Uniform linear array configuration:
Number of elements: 8
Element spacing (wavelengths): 0.75
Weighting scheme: exponential
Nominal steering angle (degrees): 60
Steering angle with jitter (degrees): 61.686
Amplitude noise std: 0.05
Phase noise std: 0.05

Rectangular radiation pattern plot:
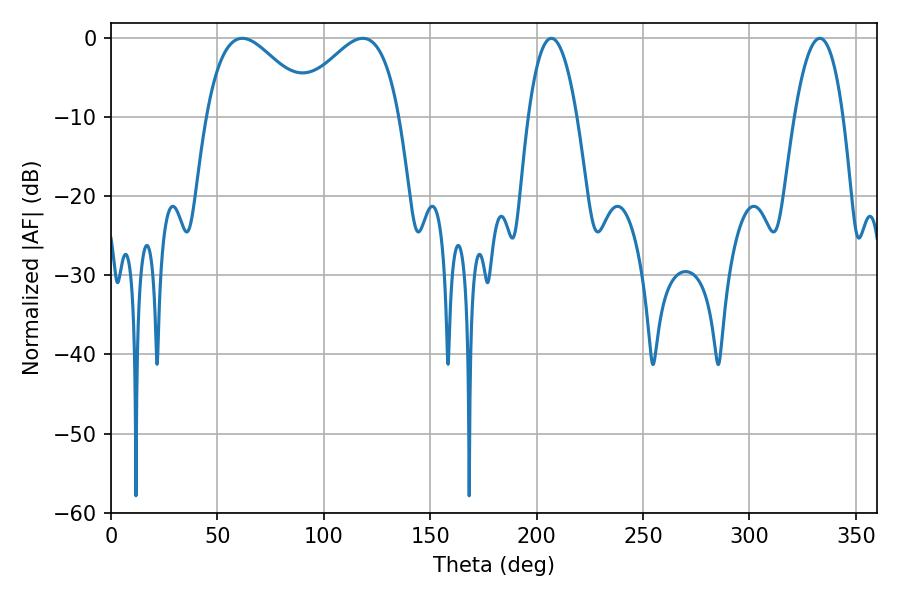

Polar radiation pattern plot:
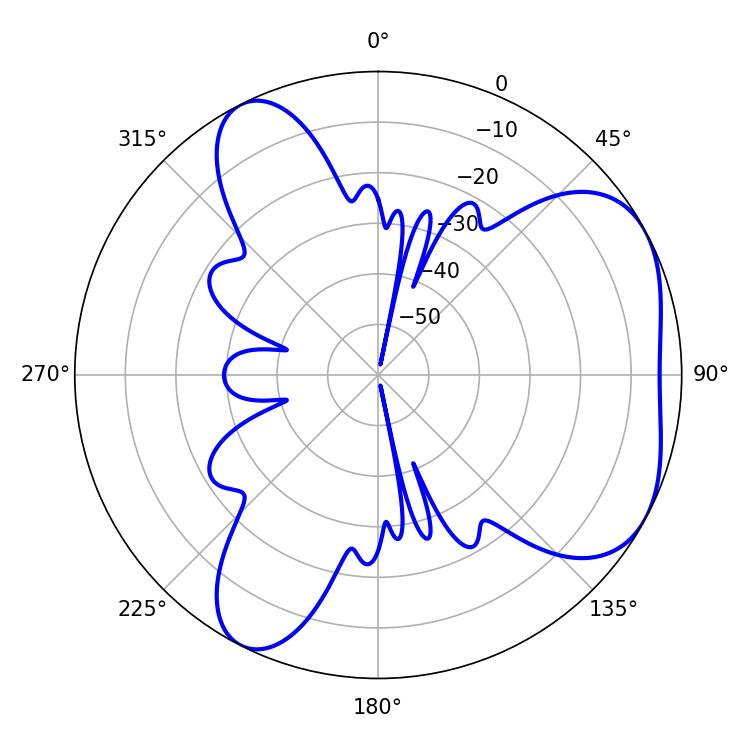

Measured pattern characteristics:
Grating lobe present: TRUE
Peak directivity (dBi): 4.746
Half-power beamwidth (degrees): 27
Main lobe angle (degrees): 61.74